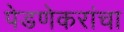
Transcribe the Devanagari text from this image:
पेडणेकरांचा